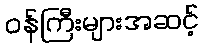
ဝန်ကြီးများအဆင့်